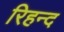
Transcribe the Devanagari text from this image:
रिहन्‍द